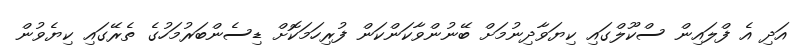
އަދި އެ ފްލައިން ސްކޫލްގައި ކިޔަވާދިނުމަށް ބޭނުންވާކަންކަން ފުރިހަމަކޮށް ޑިސެންބަރުމަހުގެ ތެރޭގައި ކިޔެވުން